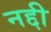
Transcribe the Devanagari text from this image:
नद्दी